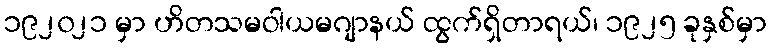
၁၉၂၀၂၁ မှာ ဟိတသမဝါယမဂျာနယ် ထွက်ရှိတာရယ်၊ ၁၉၂၅ ခုနှစ်မှာ